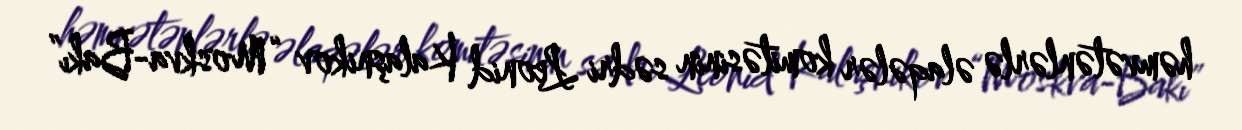
həmvətənlərlə əlaqələr komitəsinin sədri Leonid Kalaşnikov “Moskva-Bakı”